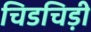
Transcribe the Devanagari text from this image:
चिडचिड़ी